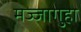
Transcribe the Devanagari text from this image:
मज्जागुहा